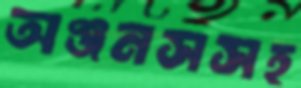
অঞ্জনসসহ